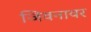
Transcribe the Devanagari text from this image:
जिवनावर